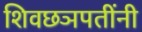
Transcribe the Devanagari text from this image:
शिवछञपतींनी